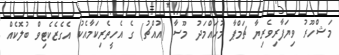
މަޝްހޫރު ވިޔަފާރިވެރިޔާ ޗަމްޕާ މުހައްމަދު މޫސާ (އުއްޗު) ގެ އެހީތެރިކަމާއެކު އެގެޒެކެޓިވް ބުލޮކެއް